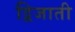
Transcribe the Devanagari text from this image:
द्विजाती